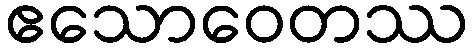
ဧသောဝေတဿ